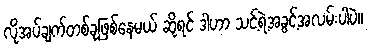
လိုအပ်ချက်တစ်ခုဖြစ်နေမယ် ဆိုရင် ဒါဟာ သင့်ရဲ့အခွင့်အလမ်းပါပဲ။